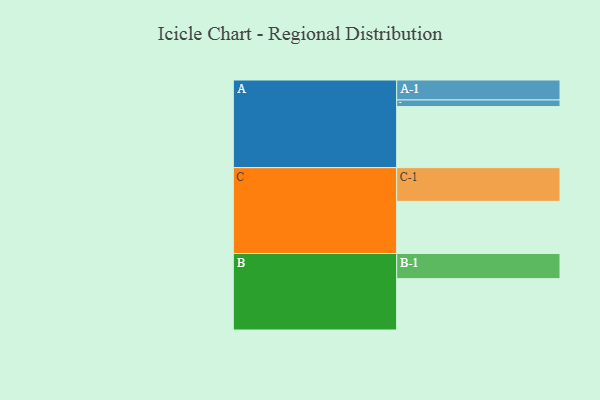
{"axis": {"x": "Segment", "y": "Value"}, "legend": ["", "A", "B", "C"], "data": [{"x": "A", "y": 471, "type": ""}, {"x": "B", "y": 396, "type": ""}, {"x": "C", "y": 402, "type": ""}, {"x": "A-1", "y": 154, "type": "A"}, {"x": "A-2", "y": 51, "type": "A"}, {"x": "B-1", "y": 194, "type": "B"}, {"x": "C-1", "y": 260, "type": "C"}]}